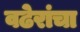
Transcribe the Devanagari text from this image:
वढेरांचा